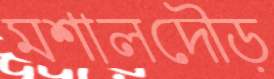
মশালদৌড়